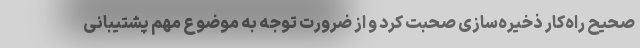
صحیح راه‌کار ذخیره‌سازی صحبت کرد و از ضرورت توجه به موضوع مهم پشتیبانی